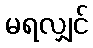
မရလျှင်